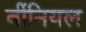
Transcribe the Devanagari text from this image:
बींनियल